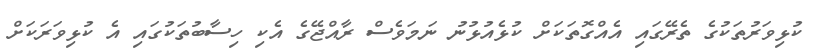
ކުޅިވަރުތަކުގެ ތެރޭގައި އެއްގޮތަކަށް ކުޅެއުޅުނު ނަމަވެސް ރާއްޖޭގެ އެކި ހިސާބުތަކުގައި އެ ކުޅިވަރަކަށް